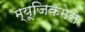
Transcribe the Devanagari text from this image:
म्यूजिकमेसे